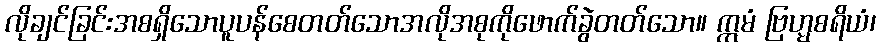
လိုချင်ခြင်းအစရှိသောပူပန်စေတတ်သောအလိုအစုကိုဖောက်ခွဲတတ်သော။ ဣမံ ဗြဟ္မစရိယံ၊